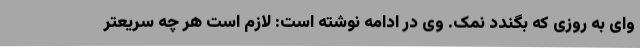
وای به روزی که بگندد نمک. وی در ادامه نوشته است: لازم است هر چه سریعتر